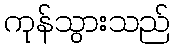
ကုန်သွားသည်